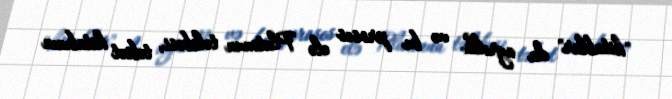
"kitablar" da ayrıldı və bu proses elə Platonun tələbəsi, təbiət kitabının